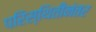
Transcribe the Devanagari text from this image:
परिस्थितीनंतर